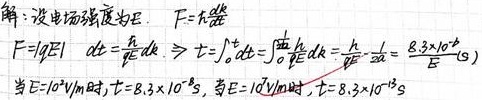
解：设电场强度为\(E\)，\(F = \frac{h\nu}{\lambda}\)，\(F = |qE|\)，\(dt=\frac{h}{qE}d\lambda\Rightarrow t=\int_{0}^{t}dt=\int_{0}^{\lambda_{0}}\frac{h}{qE}d\lambda=\frac{h}{qE}\lambda_{0}=\frac{8.3\times 10^{-6}}{E}(s)\)。
当\(E = 10^{5}V/m\)时，\(t = 8.3\times 10^{-8}s\)；当\(E = 10^{3}V/m\)时，\(t = 8.3\times 10^{-2}s\)。